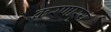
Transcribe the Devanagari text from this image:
करणार्‍य